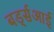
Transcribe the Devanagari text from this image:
बर्ड्सआई